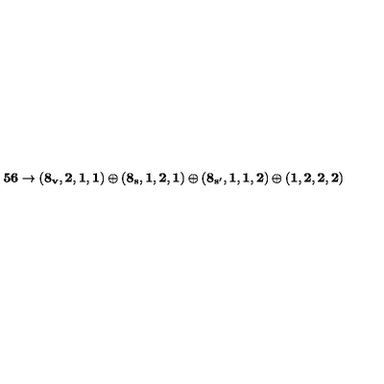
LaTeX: { \bf 5 6 } \rightarrow { \bf ( 8 _ { v } , 2 , 1 , 1 ) \oplus ( 8 _ { s } , 1 , 2 , 1 ) \oplus ( 8 _ { s ^ { \prime } } , 1 , 1 , 2 ) } \oplus { \bf ( 1 , 2 , 2 , 2 ) }